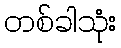
တစ်ခါသုံး